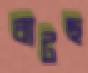
বাটছ